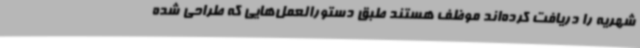
شهریه را دریافت کرده‌اند موظف هستند طبق دستورالعمل‌هایی که طراحی شده